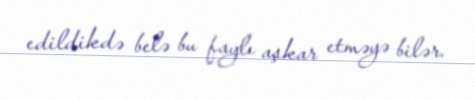
edildikdə belə bu faylı aşkar etməyə bilər.